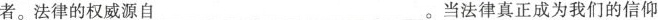
者。法律的权威源自___。当法律真正成为我们的信仰